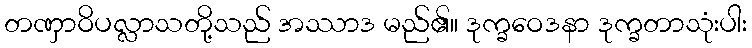
တဏှာဝိပလ္လာသတို့သည် အဿာဒ မည်၏။ ဒုက္ခဝေဒနာ ဒုက္ခတာသုံးပါး